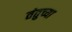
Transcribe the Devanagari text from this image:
तंतुच्या